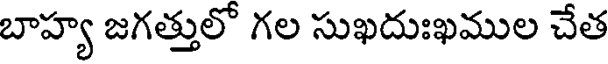
బాహ్య జగత్తులో గల సుఖదుఃఖముల చేత